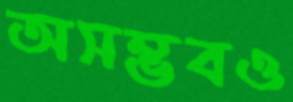
অসম্ভবও